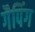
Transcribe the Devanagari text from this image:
गैपिंग